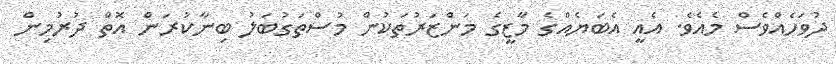
ދުވަހެއްވެސް މެއެވެ. އެއީ އެބަޔެއްގެ މާޒީގެ މަންޒަރުތަކުން މުސްތަގުބަލު ބިނާކުރަން އޮތް ދުރުމިން